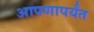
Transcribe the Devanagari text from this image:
आपणापर्यंत